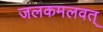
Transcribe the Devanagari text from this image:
जलकमलवत्